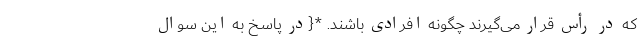
که در رأس قرار می‌گیرند چگونه افرادی باشند. *{در پاسخ به این سوال